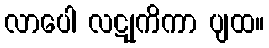
လာပေါ လဋုကိကာ ပျထ။